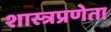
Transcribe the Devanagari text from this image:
शास्त्रप्रणेता